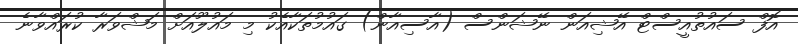
އޮފް ސައުތުއީސްޓް އޭޝިއަން ނޭޝަންސް (އާސިއާން) ގައުމުތަކާއެކު މި މައުލޫއަށް މަޝްވަރާ ކުރައްވާނެ